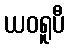
ယဝရူပီ